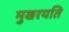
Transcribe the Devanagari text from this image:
मुखरयति